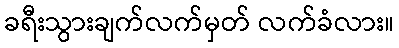
ခရီးသွားချက်လက်မှတ် လက်ခံလား။